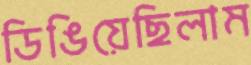
ডিঙিয়েছিলাম